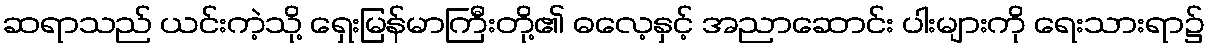
ဆရာသည် ယင်းကဲ့သို့ ရှေးမြန်မာကြီးတို့၏ ဓလေ့နှင့် အညာဆောင်း ပါးများကို ရေးသားရာ၌